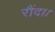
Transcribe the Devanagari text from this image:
रौंदा।